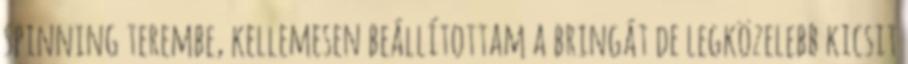
spinning terembe, kellemesen beállítottam a bringát de legközelebb kicsit